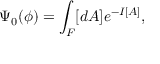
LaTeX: \Psi _ { 0 } ( \phi ) = \int _ { \cal F } [ d A ] e ^ { - I [ A ] } ,